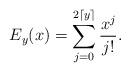
LaTeX: \begin{align*} E_{y}(x) = \sum_{j=0}^{2\lceil y \rceil} \frac {x^{j}}{j!}.\end{align*}